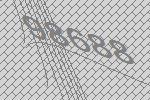
98688